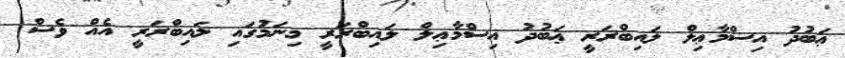
ޢަބުދު އިސްމާޢިލް ލައިބްރަރީ ޢަބުދު އިސްމާޢިލް ލައިބްރަރީ މިނަމުގައި ލައިބްރަރީ އެއް ވެސް